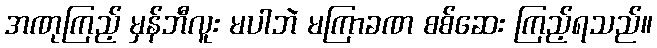
အဏုကြည့် မှန်ဘီလူး မပါဘဲ မကြာခဏ စစ်ဆေး ကြည့်ရသည်။